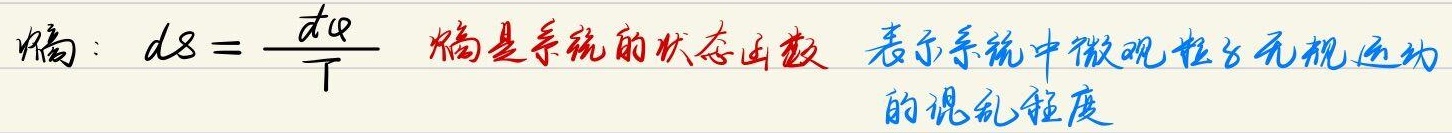
熵：\(dS = \frac{dQ}{T}\)。熵是系统的状态函数，表示系统中微观粒子无规运动的混乱程度。